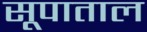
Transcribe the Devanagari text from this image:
सूपाताल